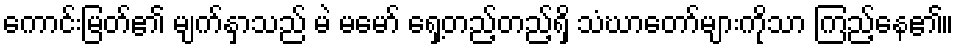
ကောင်းမြတ်၏ မျက်နှာသည် မဲ မမော် ရှေ့တည့်တည့်ရှိ သံဃာတော်များကိုသာ ကြည့်နေ၏။